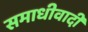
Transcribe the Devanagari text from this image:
समाधीवादी